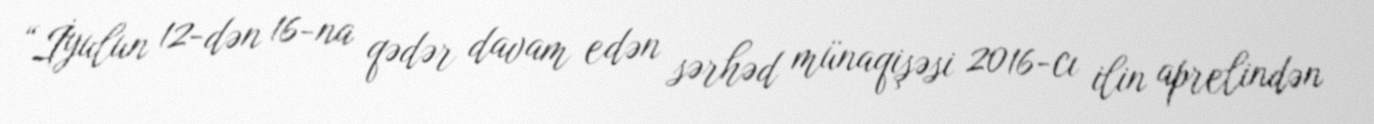
“İyulun 12-dən 16-na qədər davam edən sərhəd münaqişəsi 2016-cı ilin aprelindən